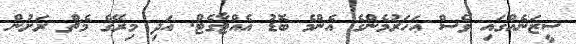
ސީޒަނެއްގައި ވެސް އަހަރުމެންގެ އެންމެ ބޮޑު އެއްޓާގެޓް. އަދި މިރޭގެ މެޗް ރަށުން